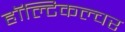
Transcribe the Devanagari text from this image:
हॉल्टिकल्चर